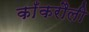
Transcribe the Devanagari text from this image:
काँकरौली